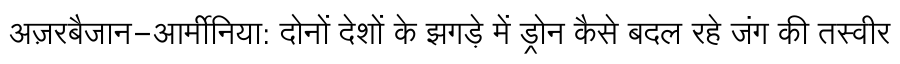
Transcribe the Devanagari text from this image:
अज़रबैजान-आर्मीनिया: दोनों देशों के झगड़े में ड्रोन कैसे बदल रहे जंग की तस्वीर